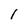
Character: l